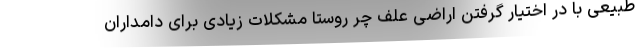
طبیعی با در اختیار گرفتن اراضی علف چر روستا مشکلات زیادی برای دامداران